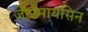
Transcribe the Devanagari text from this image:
जेंटामायसिन